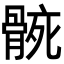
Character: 𮪬